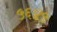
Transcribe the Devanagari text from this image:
५६४५